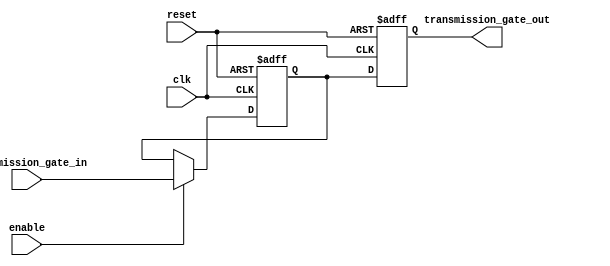
module timing_control_synchronization (
    input wire clk,         // System clock input
    input wire reset,       // Reset signal input
    input wire enable,      // Enable signal input
    input wire transmission_gate_in,  // Input signal from transmission gate
    output reg transmission_gate_out   // Output signal from transmission gate
);

reg sync_signal;

// Synchronization logic with system clock
always @(posedge clk or posedge reset) begin
    if (reset) begin
        sync_signal <= 1'b0;
    end else if (enable) begin
        sync_signal <= transmission_gate_in;
    end
end

// Delay adjustment logic
always @(posedge clk or posedge reset) begin
    if (reset) begin
        transmission_gate_out <= 1'b0;
    end else begin
        transmission_gate_out <= sync_signal;
    end
end

endmodule